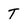
Character: T